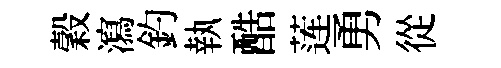
穀瀉釣執酷莲勇從